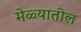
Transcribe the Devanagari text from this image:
मेळ्यातील